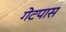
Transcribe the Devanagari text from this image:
गेटपास